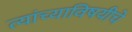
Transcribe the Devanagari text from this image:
त्यांच्याविषयीचे